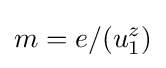
m=e/({u}_{1}^{z})